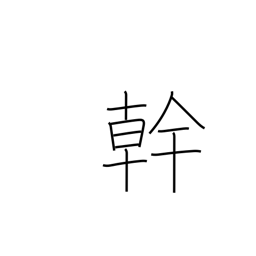
Meaning: talent